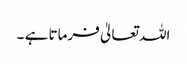
اللہ تعالیٰ فرماتا ہے ۔